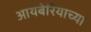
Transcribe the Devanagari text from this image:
आयबेरियाच्या